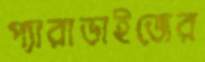
প্যারাডাইজের